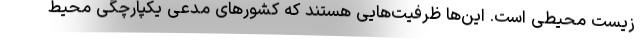
زیست محیطی است. این‌ها ظرفیت‌هایی هستند که کشورهای مدعی یکپارچگی محیط